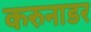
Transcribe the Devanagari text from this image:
करुनाडर